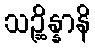
သဉ္ဆိန္နာနိ